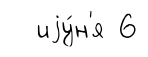
иjу́н'я 6